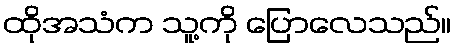
ထိုအသံက သူ့ကို ပြောလေသည်။